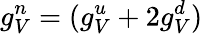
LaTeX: g_{V}^{n}=(g_{V}^{u}+2g_{V}^{d})